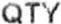
QTY